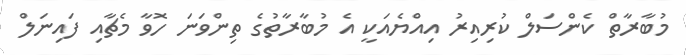
މުބާރާތް ކެންސަލް ކުރިއިރު އިއްޔެއަކީ އެ މުބާރާތުގެ ތިންވަނަ ހޮވާ މެޗާއި ފައިނަލް